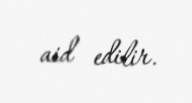
aid edilir.